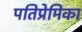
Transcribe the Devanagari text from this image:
पतिप्रेमिका